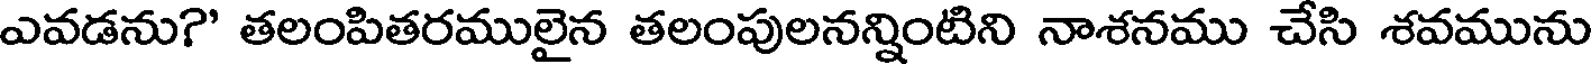
ఎవడను?' తలంపితరములైన తలంపులనన్నింటిని నాశనము చేసి శవమును